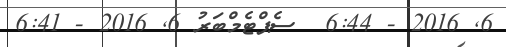
6